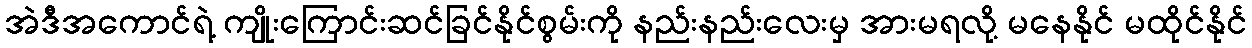
အဲဒီအကောင်ရဲ့ ကျိုးကြောင်းဆင်ခြင်နိုင်စွမ်းကို နည်းနည်းလေးမှ အားမရလို့ မနေနိုင် မထိုင်နိုင်